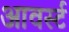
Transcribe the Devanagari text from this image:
आवर्स्ट